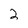
Character: 2